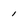
Character: 1